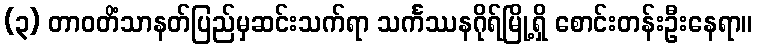
(၃) တာဝတိံသာနတ်ပြည်မှဆင်းသက်ရာ သင်္ကဿနဂိုရ်မြို့ရှိ စောင်းတန်းဦးနေရာ။